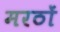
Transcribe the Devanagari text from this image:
मरठों